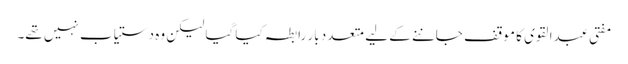
مفتی عبدالقوی کا موقف جاننے کے لیے متعدد بار رابطہ کیا گیا لیکن وہ دستیاب نہیں تھے۔